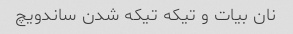
نان بیات و‌ تیکه تیکه شدن ساندویچ